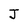
Character: J